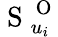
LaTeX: \mathrm{~S~}_{u_{i}}^{\mathrm{~O~}}